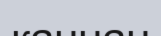
каннан